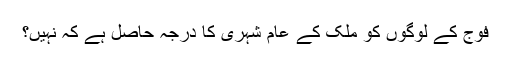
فوج کے لوگوں کو ملک کے عام شہری کا درجہ حاصل ہے کہ نہیں؟